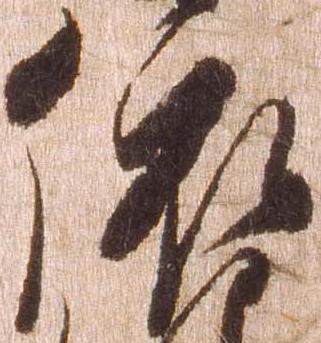
依